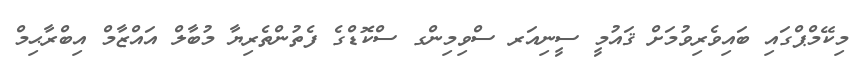
މިކޭމްޕްގައި ބައިވެރިވުމަށް ޤައުމީ ސީނިއަރ ސްވިމިންގ ސްކޮޑްގެ ފެތުންތެރިޔާ މުބާލް އައްޒާމް އިބްރާޙިމް